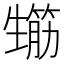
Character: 𤯸